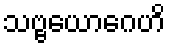
သဗ္ဗယောဂေဟိ